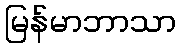
မြန်မာဘာသာ